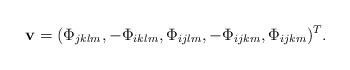
LaTeX: \begin{align*}\mathbf{v} = (\Phi_{j k l m}, -\Phi_{i k l m}, \Phi_{i j l m}, -\Phi_{i j k m}, \Phi_{i j k m})^T .\end{align*}